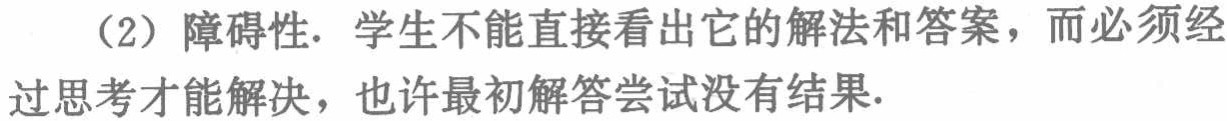
（2）障碍性. 学生不能直接看出它的解法和答案，而必须经过思考才能解决，也许最初解答尝试没有结果.